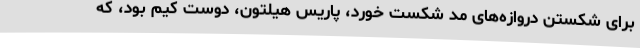
برای شکستن دروازه‌های مد شکست خورد، پاریس هیلتون، دوست کیم بود، که